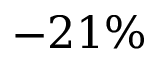
- 2 1 \%